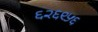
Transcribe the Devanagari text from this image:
६२६९५६